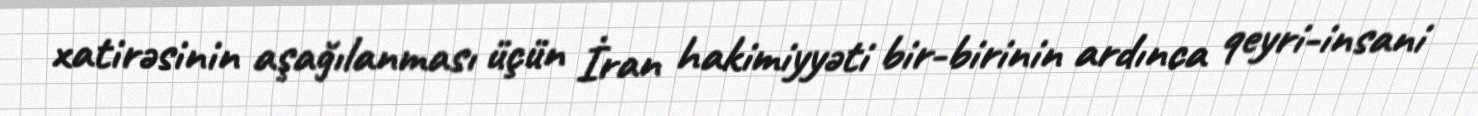
xatirəsinin aşağılanması üçün İran hakimiyyəti bir-birinin ardınca qeyri-insani